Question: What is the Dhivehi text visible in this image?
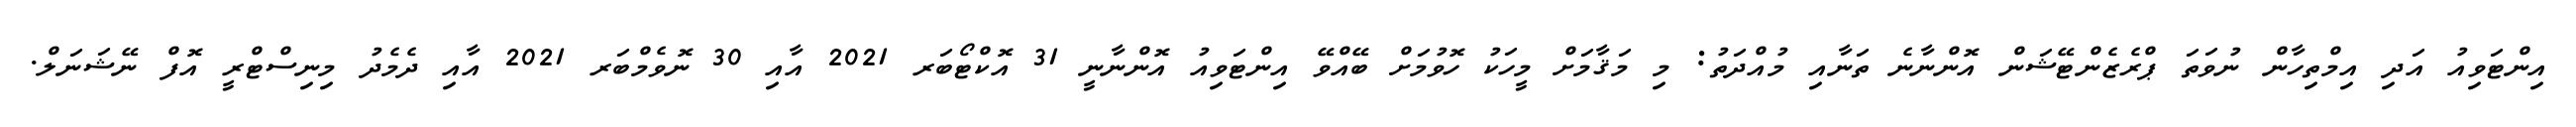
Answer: އިންޓަވިއު އަދި އިމްތިހާން ނުވަތަ ޕްރެޒެންޓޭޝަން އޮންނާނެ ތަނާއި މުއްދަތު: މި މަޤާމަށް މީހަކު ހޮވުމަށް ބޭއްވޭ އިންޓަވިއު އޮންނާނީ 31 އޮކްޓޯބަރ 2021 އާއި 30 ނޮވެމްބަރ 2021 އާއި ދެމެދު މިނިސްޓްރީ އޮފް ނޭޝަނަލް.